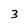
Character: 3